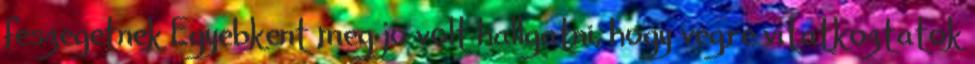
feszegetnek Egyebkent meg jo volt hallgatni, hogy vegre vitatkoztatok